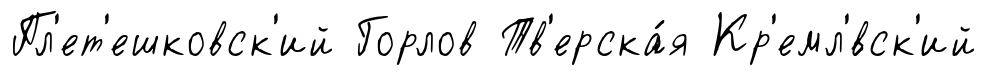
Пл'ет'ешковск'ий Горлов Тв'ерска́я Кр'емл'́вск'ий